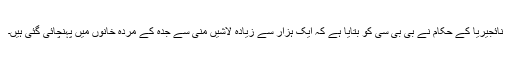
نائجیریا کے حکام نے بی بی سی کو بتایا ہے کہ ایک ہزار سے زیادہ لاشیں منیٰ سے جدہ کے مردہ خانوں میں پہنچائی گئی ہیں۔